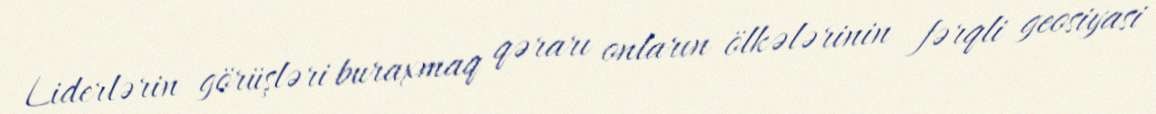
Liderlərin görüşləri buraxmaq qərarı onların ölkələrinin fərqli geosiyasi